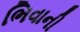
ભિવાની